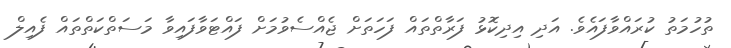
ތުހުމަތު ކުރައްވާފައެވެ. އަދި އިދިކޮޅު ފަރާތްތައް ފަހަތަށް ޖެއްސެވުމަށް ފައްޓަވާފައިވާ މަސަތްކަތްތައް ފެއިލް